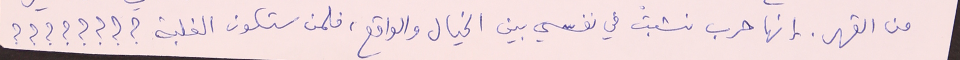
من القهر. إنها حرب نشبتْ في نفسي بين الخيال والواقع، فلمن ستكون الغلبة ؟؟؟؟؟؟؟؟